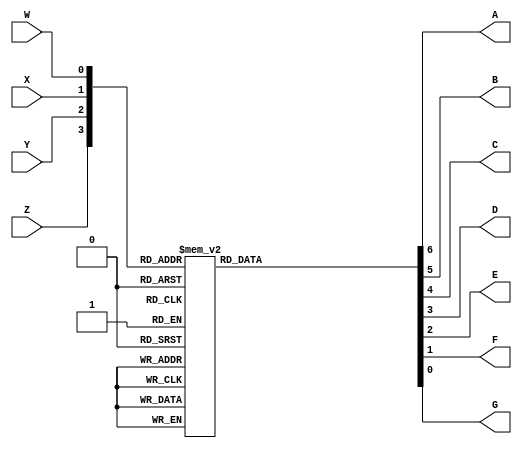
module seven_seg_decoder(Z, Y, X, W, A, B, C, D, E, F, G);
	input Z, Y, X, W;
	output reg A, B, C, D, E, F, G;
	
	always @(Z or Y or X or W)
	begin
		case({Z, Y, X, W})
			//truth tabling
			4'b0000: {A, B, C, D, E, F, G} = 7'b0000001;
			4'b0001: {A, B, C, D, E, F, G} = 7'b1001111;
			4'b0010: {A, B, C, D, E, F, G} = 7'b0010010;
			4'b0011: {A, B, C, D, E, F, G} = 7'b0000110;
			4'b0100: {A, B, C, D, E, F, G} = 7'b1001100;
			4'b0101: {A, B, C, D, E, F, G} = 7'b0100100;
			4'b0110: {A, B, C, D, E, F, G} = 7'b0100000;
			4'b0111: {A, B, C, D, E, F, G} = 7'b0001111;
			4'b1000: {A, B, C, D, E, F, G} = 7'b0000000;
			4'b1001: {A, B, C, D, E, F, G} = 7'b0000100;
			4'b1010: {A, B, C, D, E, F, G} = 7'b0001000;
			4'b1011: {A, B, C, D, E, F, G} = 7'b1100000;
			4'b1100: {A, B, C, D, E, F, G} = 7'b0110001;
			4'b1101: {A, B, C, D, E, F, G} = 7'b1000010;
			4'b1110: {A, B, C, D, E, F, G} = 7'b0110000;
			4'b1111: {A, B, C, D, E, F, G} = 7'b0111000;
		endcase
	end
	
endmodule